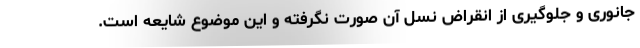
جانوری و جلوگیری از انقراض نسل آن صورت نگرفته و این موضوع شایعه است.